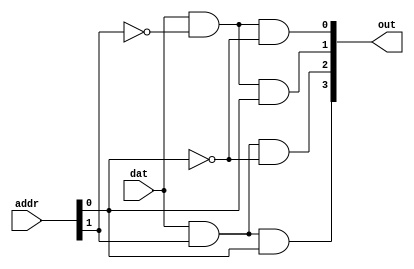
module data_distributor (
	input dat,
	input [1:0] addr,
	
	output [3:0] out
);

// 
assign out[0] = dat & (!addr[1]) & (!addr[0]);
assign out[1] = dat & (!addr[1]) & (addr[0]);
assign out[2] = dat & (addr[1]) & (!addr[0]);
assign out[3] = dat & (addr[1]) & (addr[0]);

endmodule